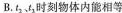
B.t_{2}、t_{3}时刻物体内能相等